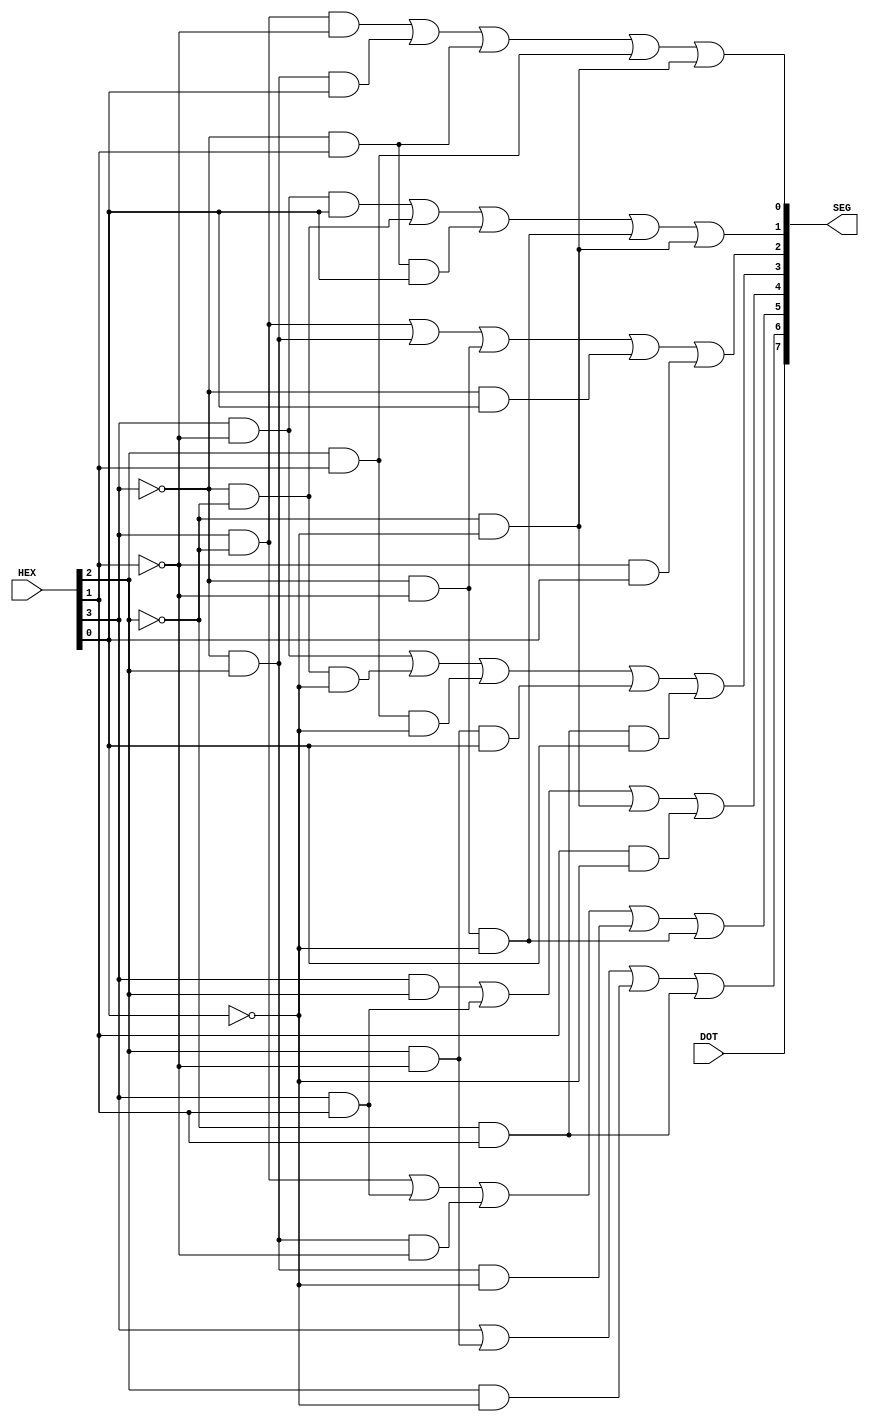
module hexTo7Seg(
		input wire [3:0] HEX,
		input wire DOT,
		output wire [7:0] SEG
	);


	//  AAAA            AAAA    AAAA            AAAA    AAAA    AAAA    AAAA    AAAA    AAAA                            AAAA    AAAA
	// F    B       B       B       B  F    B  F       F            B  F    B  F    B  F    B  F                    B  F       F
	// F    B       B       B       B  F    B  F       F            B  F    B  F    B  F    B  F                    B  F       F
	//                  GGGG    GGGG    GGGG    GGGG    GGGG            GGGG    GGGG    GGGG    GGGG    GGGG    GGGG    GGGG    GGGG
	// E    C       C  E            C       C       C  E    C       C  E    C       C  E    C  E    C  E       E    C  E       E
	// E    C       C  E            C       C       C  E    C       C  E    C       C  E    C  E    C  E       E    C  E       E
	//  DDDD            DDDD    DDDD            DDDD    DDDD            DDDD    DDDD            DDDD    DDDD    DDDD    DDDD

	assign a = HEX[3];
	assign b = HEX[2];
	assign c = HEX[1];
	assign d = HEX[0];

	// Segment A
	// 0 || 2 || 3 || 5 || 6 || 7 || 8 || 9 || A || E || F
	// 0000    || 0010   || 0011  || 0101  || 0110  || 0111 || 1000   || 1001  || 1010  || 1110 || 1111
	// !a!b!c!d + !a!bc!d + !a!bcd + !ab!cd + !abc!d + !abcd + a!b!c!d + a!b!cd + a!bc!d + abc!d + abcd
	assign SEG[0] = (a && ! b && ! c) || (! a && b && d) || (! a && c) || (b && c) || (! b && ! d);

	// Segment B
	// 0 || 1 || 2 || 3 || 4 || 7 || 8 || 9 || A || D
	// 0000    || 0001   || 0010   || 0011  || 0100   || 0111 || 1000   || 1001  || 1010  || 1101
	// !a!b!c!d + !a!b!cd + !a!bc!d + !a!bcd + !ab!c!d + !abcd + a!b!c!d + a!b!cd + a!bc!d + ab!cd
	assign SEG[1] = (a && ! c && d) || (! a && ! b) || (! a && c && d) || (! a && ! c && ! d) || (! b && ! d);

	// Segment C
	// 0 || 1 || 3 || 4 || 5 || 6 || 7 || 8 || 9 || A || B || D
	// 0000    || 0001   || 0011  || 0100   || 0101  || 0110  || 0111 || 1000   || 1001  || 1010  || 1011 || 1101
	// !a!b!c!d + !a!b!cd + !a!bcd + !ab!c!d + !ab!cd + !abc!d + !abcd + a!b!c!d + a!b!cd + a!bc!d + a!bcd + ab!cd
	assign SEG[2] = (a && ! b) || (! a && b) || (! a && ! c) || (! a && d) || (! c && d);

	// Segment D
	// 0 || 2 || 3 || 5 || 6 || 8 || 9 || B || C || D || E
	// 0000    || 0010   || 0011  || 0101  || 0110  || 1000   || 1001  || 1011 || 1100  || 1101 || 1110
	// !a!b!c!d + !a!bc!d + !a!bcd + !ab!cd + !abc!d + a!b!c!d + a!b!cd + a!bcd + ab!c!d + ab!cd + abc!d
	assign SEG[3] = (a && ! c) || (! a && ! b && ! d) || (b && c && ! d) || (b && ! c && d) || (! b && c && d);

	// Segment E
	// 0 || 2 || 6 || 8 || A || B || C || D || E || F
	// 0000    || 0010   || 0110  || 1000   || 1010  || 1011 || 1100  || 1101 || 1110 || 1111
	// !a!b!c!d + !a!bc!d + !abc!d + a!b!c!d + a!bc!d + a!bcd + ab!c!d + ab!cd + abc!d + abcd
	assign SEG[4] = (a && b) || (a && c) || (! b && ! d) || (c && ! d);

	// Segment F
	// 0 || 4 || 5 || 6 || 8 || 9 || A || B || E || F
	// 0000    || 0100   || 0101  || 0110  || 1000   || 1001  || 1010  || 1011 || 1110 || 1111
	// !a!b!c!d + !ab!c!d + !ab!cd + !abc!d + a!b!c!d + a!b!cd + a!bc!d + a!bcd + abc!d + abcd
	assign SEG[5] = (a && ! b) || (a && c) || (! a && b && ! c) || (! a && b && ! d) || (! a && ! c && ! d);

	// Segment G
	// 2 || 3 || 4 || 5 || 6 || 8 || 9 || A || B || C || D || E || F
	// 0010   || 0011  || 0100   || 0101  || 0110  || 1000   || 1001   || 1010  || 1011 || 1100  || 1101 || 1110 || 1111
	// !a!bc!d + !a!bcd + !ab!c!d + !ab!cd + !abc!d + a!b!c!d + a!b!cd + a!bc!d + a!bcd + ab!c!d + ab!cd + abc!d + abcd
	assign SEG[6] = a || (b && ! c) || (b && ! d) || (! b && c);

	// Segment dot
	assign SEG[7] = DOT;

endmodule